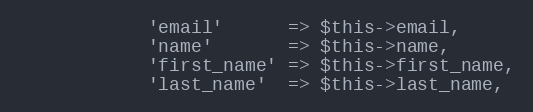
Language: PHP
            'email'      => $this->email,
            'name'       => $this->name,
            'first_name' => $this->first_name,
            'last_name'  => $this->last_name,